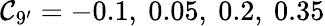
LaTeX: \mathcal{C}_{9^{\prime}}=-0.1,~0.05,~0.2,~0.35